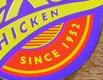
since